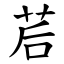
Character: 茩